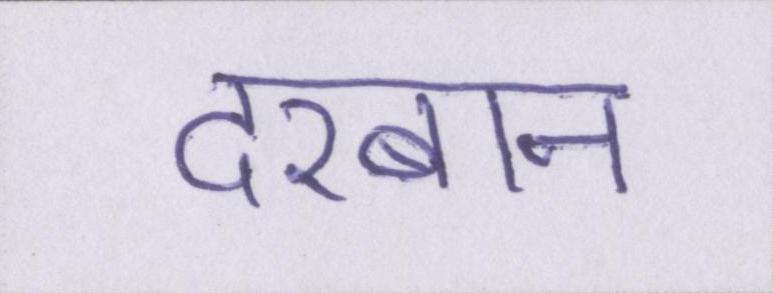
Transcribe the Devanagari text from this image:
दरबान